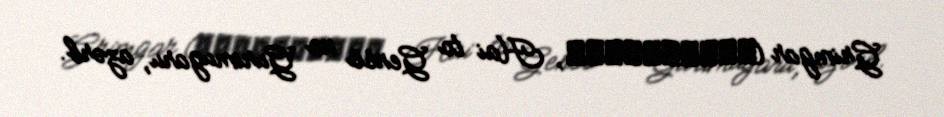
Grimgar (灰と幻想のグリムガル, Hai to Gensō no Gurimugaru, azərb.